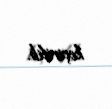
keçirilib.